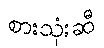
စားသုံးဆီ